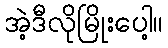
အဲ့ဒီလိုမြိုးပေါ့။